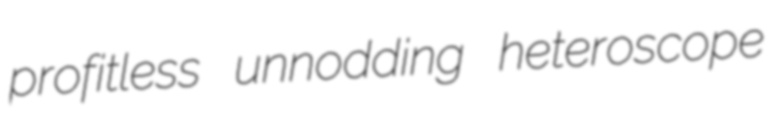
profitless unnodding heteroscope